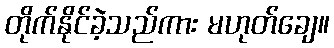
တိုက်နိုင်ခဲ့သည်ကား မဟုတ်ချေ။